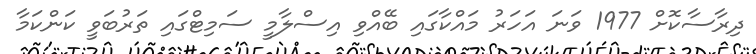
ދިރާސާކޮށް 1977 ވަނަ އަހަރު މައްކާގައި ބޭއްވި އިސްލާމީ ސަމިޓްގައި ތަރުބަވީ ކަންކަމާ